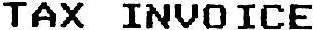
TAX INVOICE